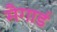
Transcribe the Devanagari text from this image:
मैगार्ड